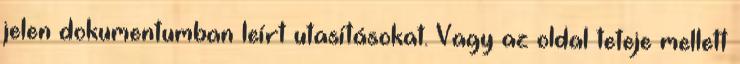
jelen dokumentumban leírt utasításokat. Vagy az oldal teteje mellett